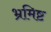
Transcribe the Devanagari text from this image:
भ्रमिष्ट